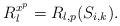
LaTeX: \begin{align*}R^{x^p}_l=R_{l,p}(S_{i,k}).\end{align*}